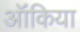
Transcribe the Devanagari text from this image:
ऑंकिया